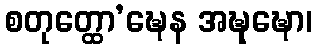
စတုတ္ထော’ဍ္ဎေန အဍ္ဎုဍ္ဎော၊